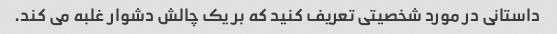
داستانی در مورد شخصیتی تعریف کنید که بر یک چالش دشوار غلبه می کند.